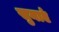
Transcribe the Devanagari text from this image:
सुनाएं